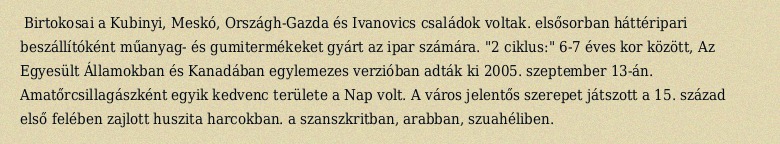
Birtokosai a Kubinyi, Meskó, Országh-Gazda és Ivanovics családok voltak. elsősorban háttéripari beszállítóként műanyag- és gumitermékeket gyárt az ipar számára. "2 ciklus:" 6-7 éves kor között, Az Egyesült Államokban és Kanadában egylemezes verzióban adták ki 2005. szeptember 13-án. Amatőrcsillagászként egyik kedvenc területe a Nap volt. A város jelentős szerepet játszott a 15. század első felében zajlott huszita harcokban. a szanszkritban, arabban, szuahéliben.